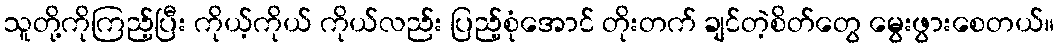
သူတို့ကိုကြည့်ပြီး ကိုယ့်ကိုယ် ကိုယ်လည်း ပြည့်စုံအောင် တိုးတက် ချင်တဲ့စိတ်တွေ မွေးဖွားစေတယ်။